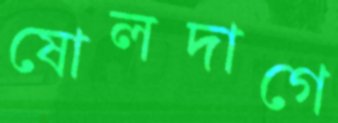
ষোলদাগে